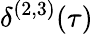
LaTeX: \delta^{(2,3)}(\tau)